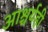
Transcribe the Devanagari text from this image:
आश्चर्यही